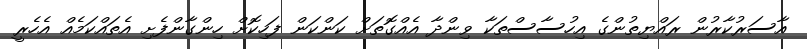
އާސަރުކާރުން ރައްޔިތުންގެ އިހުސާސްތަކާ ވިންދާ އެއްގޮތަށް ކަންކަން ފަހިކޮށް ހިންގާންފެށި އެތައްކަމެއް އެހެރީ